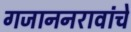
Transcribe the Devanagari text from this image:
गजाननरावांचे